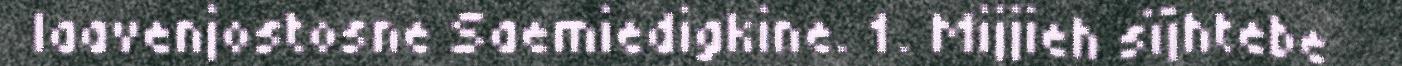
laavenjostosne Saemiedigkine. 1. Mijjieh sïjhtebe